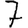
Digit: 7